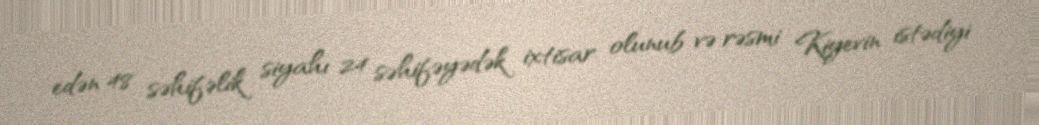
edən 48 səhifəlik siyahı 24 səhifəyədək ixtisar olunub və rəsmi Kiyevin istədiyi